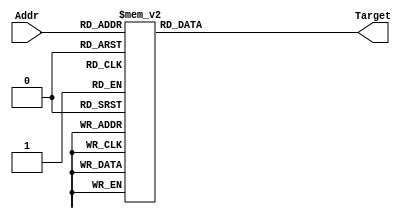
// Module Name:    LUT 
// Project Name:   CSE141L
//
// Revision Fall 2020
// Based on SystemVerilog source code provided by John Eldon
// Comment: 
// This is the lookup table
// Leverage a few-bit pointer to a wider number
// It is optional
// You may increase the Addr, but you are not allowed to go over 32 elements (5 bits)
// You could use it for anything you want. Ex. possible lookup table for PC target
// Lookup table acts like a function: here Target = f(Addr);
//  in general, Output = f(Input); 
module LUT(Addr, Target);
  
  input       [ 3:0] Addr;
  output reg  [ 7:0] Target;

  always @*
    case(Addr)
      4'b0000:    Target = 8'b00000001; // 1
      4'b0001:	  Target = 8'b00000010; // 2
      4'b0010:	  Target = 8'b00000100; // 4
      4'b0011:    Target = 8'b00001000; // 8
      4'b0100:    Target = 8'b00001001; // 9
      4'b0101:    Target = 8'b00001010; // 10
      4'b0110:    Target = 8'b00001011; // 11
      4'b0111:    Target = 8'b10000000; // 128
      4'b1000:    Target = 8'b00010000; // 16
      4'b1001:    Target = 8'b00000111; // 7
      4'b1010:    Target = 8'b00000000; // 0
      4'b1011:    Target = 8'b00010001; // 17
      4'b1100:    Target = 8'b00010010; // 18
      4'b1101:    Target = 8'b11111111; // -1
      4'b1110:    Target = 8'b00000101; // 5
      4'b1111:    Target = 8'b00000110; // 6
      default:    Target = 8'b00000000;
    endcase

endmodule